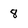
Character: 8